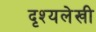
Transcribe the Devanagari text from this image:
दृश्यलेखी